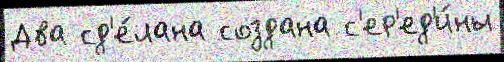
Два сд'е́лана создана с'ер'ед'и́ны